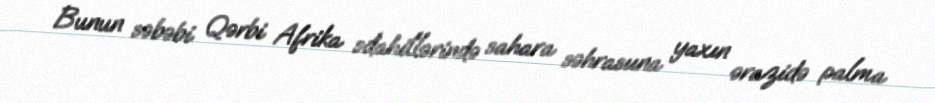
Bunun səbəbi Qərbi Afrika sdahillərində sahara səhrasıına yaxın ərazidə palma